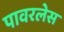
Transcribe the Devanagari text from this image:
पावरलेस